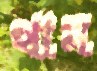
থান